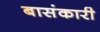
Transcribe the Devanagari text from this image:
बासंकारी